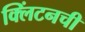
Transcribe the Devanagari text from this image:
क्लिंटनची